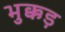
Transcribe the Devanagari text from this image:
भुक्कड़